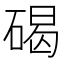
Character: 碣